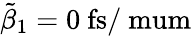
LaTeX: \tilde{\beta}_{1}=0~\mathrm{fs/\ mum}